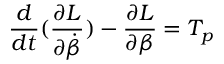
\frac { d } { d t } ( \frac { \partial L } { \partial \dot { \beta } } ) - \frac { \partial L } { \partial \beta } = T _ { p }